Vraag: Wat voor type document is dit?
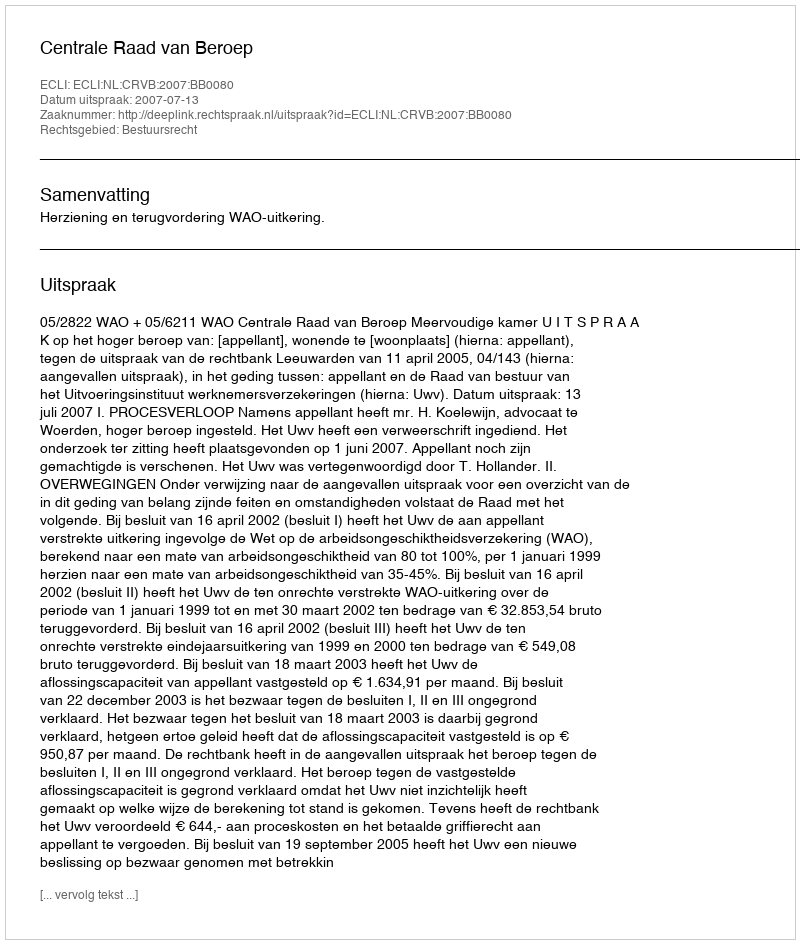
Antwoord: Uitspraak